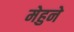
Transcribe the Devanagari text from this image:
मेहुने